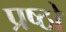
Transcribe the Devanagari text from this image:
प्रष्ठों